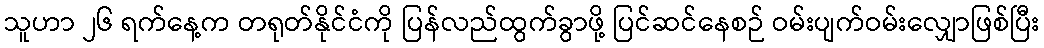
သူဟာ ၂၆ ရက်နေ့က တရုတ်နိုင်ငံကို ပြန်လည်ထွက်ခွာဖို့ ပြင်ဆင်နေစဉ် ဝမ်းပျက်ဝမ်းလျှောဖြစ်ပြီး